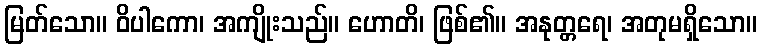
မြတ်သော။ ဝိပါကော၊ အကျိုးသည်။ ဟောတိ၊ ဖြစ်၏။ အနုတ္တရေ၊ အတုမရှိသော။